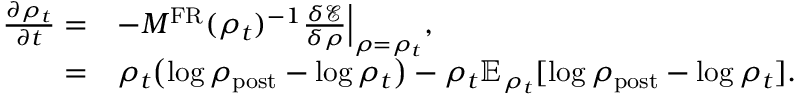
\begin{array} { r l } { \frac { \partial \rho _ { t } } { \partial t } = } & { - M ^ { \mathrm { F R } } ( \rho _ { t } ) ^ { - 1 } \frac { \delta \mathcal { E } } { \delta \rho } \Bigr | _ { \rho = \rho _ { t } } , } \\ { = } & { \rho _ { t } \bigl ( \log \rho _ { \mathrm { p o s t } } - \log \rho _ { t } \bigr ) - \rho _ { t } \mathbb { E } _ { \rho _ { t } } [ \log \rho _ { \mathrm { p o s t } } - \log \rho _ { t } ] . } \end{array}